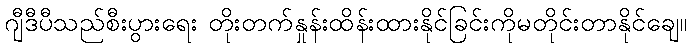
ဂျီဒီပီသည်စီးပွားရေး တိုးတက်နှုန်းထိန်းထားနိုင်ခြင်းကိုမတိုင်းတာနိုင်ချေ။